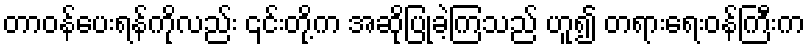
တာဝန်ပေးရန်ကိုလည်း ၎င်းတို့က အဆိုပြုခဲ့ကြသည် ဟူ၍ တရားရေးဝန်ကြီးက